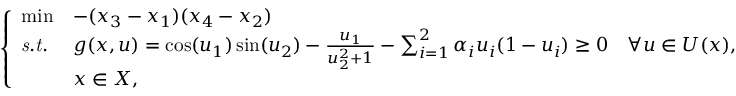
\left\{ \begin{array} { l l l } { \operatorname* { m i n } } & { - ( x _ { 3 } - x _ { 1 } ) ( x _ { 4 } - x _ { 2 } ) } \\ { \mathit { s . t . } } & { g ( x , u ) = \cos ( u _ { 1 } ) \sin ( u _ { 2 } ) - \frac { u _ { 1 } } { u _ { 2 } ^ { 2 } + 1 } - \sum _ { i = 1 } ^ { 2 } \alpha _ { i } u _ { i } ( 1 - u _ { i } ) \geq 0 \quad \forall u \in U ( x ) , } \\ & { x \in X , } \end{array} \right.